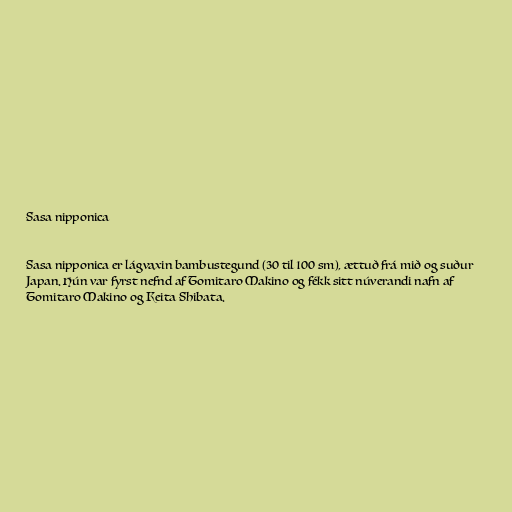
Sasa nipponica

Sasa nipponica er lágvaxin bambustegund (30 til 100 sm), ættuð frá mið og suður
Japan. Hún var fyrst nefnd af Tomitaro Makino og fékk sitt núverandi nafn af
Tomitaro Makino og Keita Shibata.